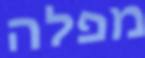
מפלה